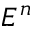
E ^ { n }